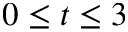
0 \leq t \leq 3